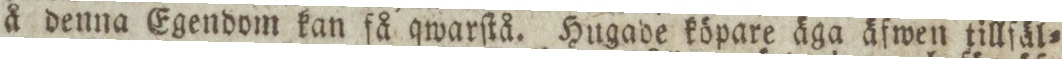
å denna Egendom kan få qwarſtå. Hugade köpare äga äfwen tillfäl=